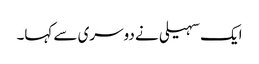
ایک سہیلی نے دوسری سے کہا۔